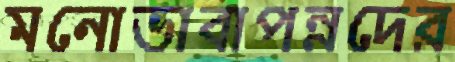
মনোভাবাপন্নদের